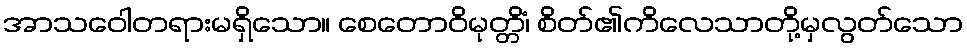
အာသဝေါတရားမရှိသော။ စေတောဝိမုတ္တိံ၊ စိတ်၏ကိလေသာတို့မှလွတ်သော